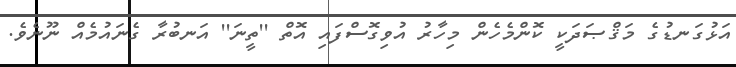
އަޅުގަނޑުގެ މަޤްޞަދަކީ ކޮންމެހެން މިހާރު އުވިގޮސްފައި އޮތް ''ތީނަ'' އަނބުރާ ގެނައުމެއް ނޫނެވެ.